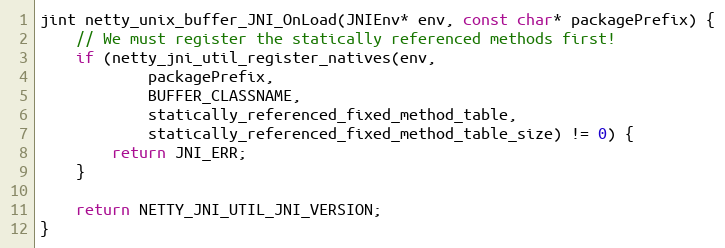
Language: C
jint netty_unix_buffer_JNI_OnLoad(JNIEnv* env, const char* packagePrefix) {
    // We must register the statically referenced methods first!
    if (netty_jni_util_register_natives(env,
            packagePrefix,
            BUFFER_CLASSNAME,
            statically_referenced_fixed_method_table,
            statically_referenced_fixed_method_table_size) != 0) {
        return JNI_ERR;
    }

    return NETTY_JNI_UTIL_JNI_VERSION;
}